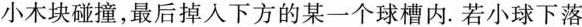
小木块碰撞，最后掉入下方的某一个球槽内。若小球下落